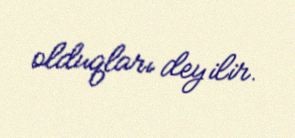
olduqları deyilir.